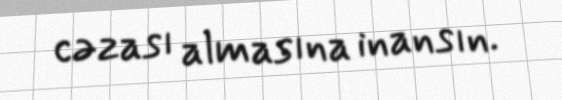
cəzası almasına inansın.